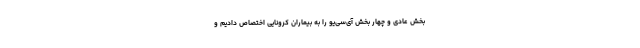
بخش عادی و چهار بخش آی‌سی‌یو را به بیماران کرونایی اختصاص دادیم و